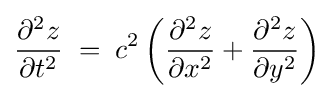
{\frac {\partial ^{2}z}{\partial t^{2}}}\;=\;c^{2}\left({\frac {\partial ^{2}z}{\partial x^{2}}}+{\frac {\partial ^{2}z}{\partial y^{2}}}\right)